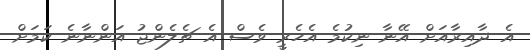
އެ ދާއިރާއަށް އޭނާ ނިކުމެ އެހެރީ ވެސް އެ ޗެލެންޖު އަންނާނެ ކަމަށް